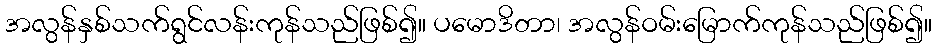
အလွန်နှစ်သက်ရွင်လန်းကုန်သည်ဖြစ်၍။ ပမောဒိတာ၊ အလွန်ဝမ်းမြောက်ကုန်သည်ဖြစ်၍။